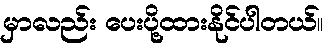
မှာလည်း ပေးပို့ထားနိုင်ပါတယ်။